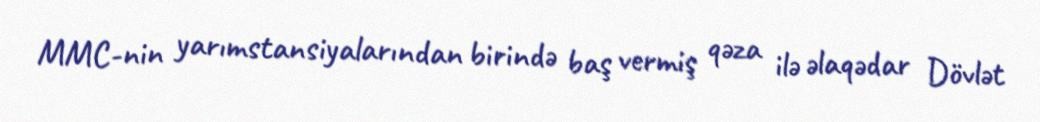
MMC-nin yarımstansiyalarından birində baş vermiş qəza ilə əlaqədar Dövlət